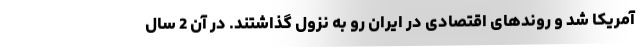
آمریکا شد و روندهای اقتصادی در ایران رو به نزول گذاشتند. در آن 2 سال